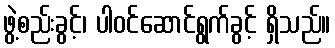
ဖွဲ့စည်းခွင့်၊ ပါဝင်ဆောင်ရွက်ခွင့် ရှိသည်။